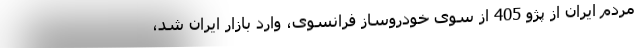
مردم ایران از پژو 405 از سوی خودروساز فرانسوی، وارد بازار ایران شد،